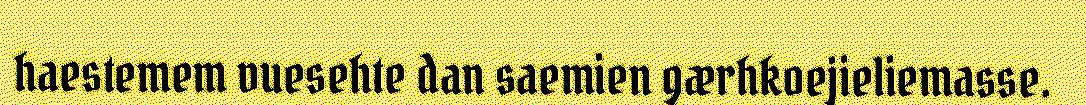
haestemem vuesehte dan saemien gærhkoejieliemasse.